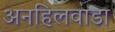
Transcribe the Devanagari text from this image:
अनहिलवाडा